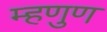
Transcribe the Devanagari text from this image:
म्हणुण